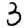
Digit: 3